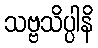
သဗ္ဗသိပ္ပါနိ